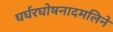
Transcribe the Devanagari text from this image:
घर्घरघोषनादमलिने